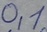
Text: 0,1